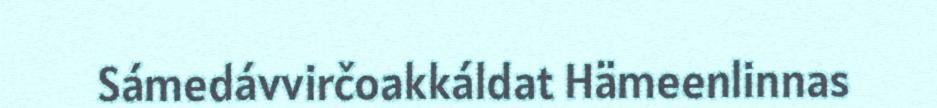
Sámedávvirčoakkáldat Hämeenlinnas